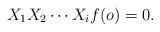
LaTeX: \begin{align*}X_1X_2\cdots X_if(o) = 0 .\end{align*}